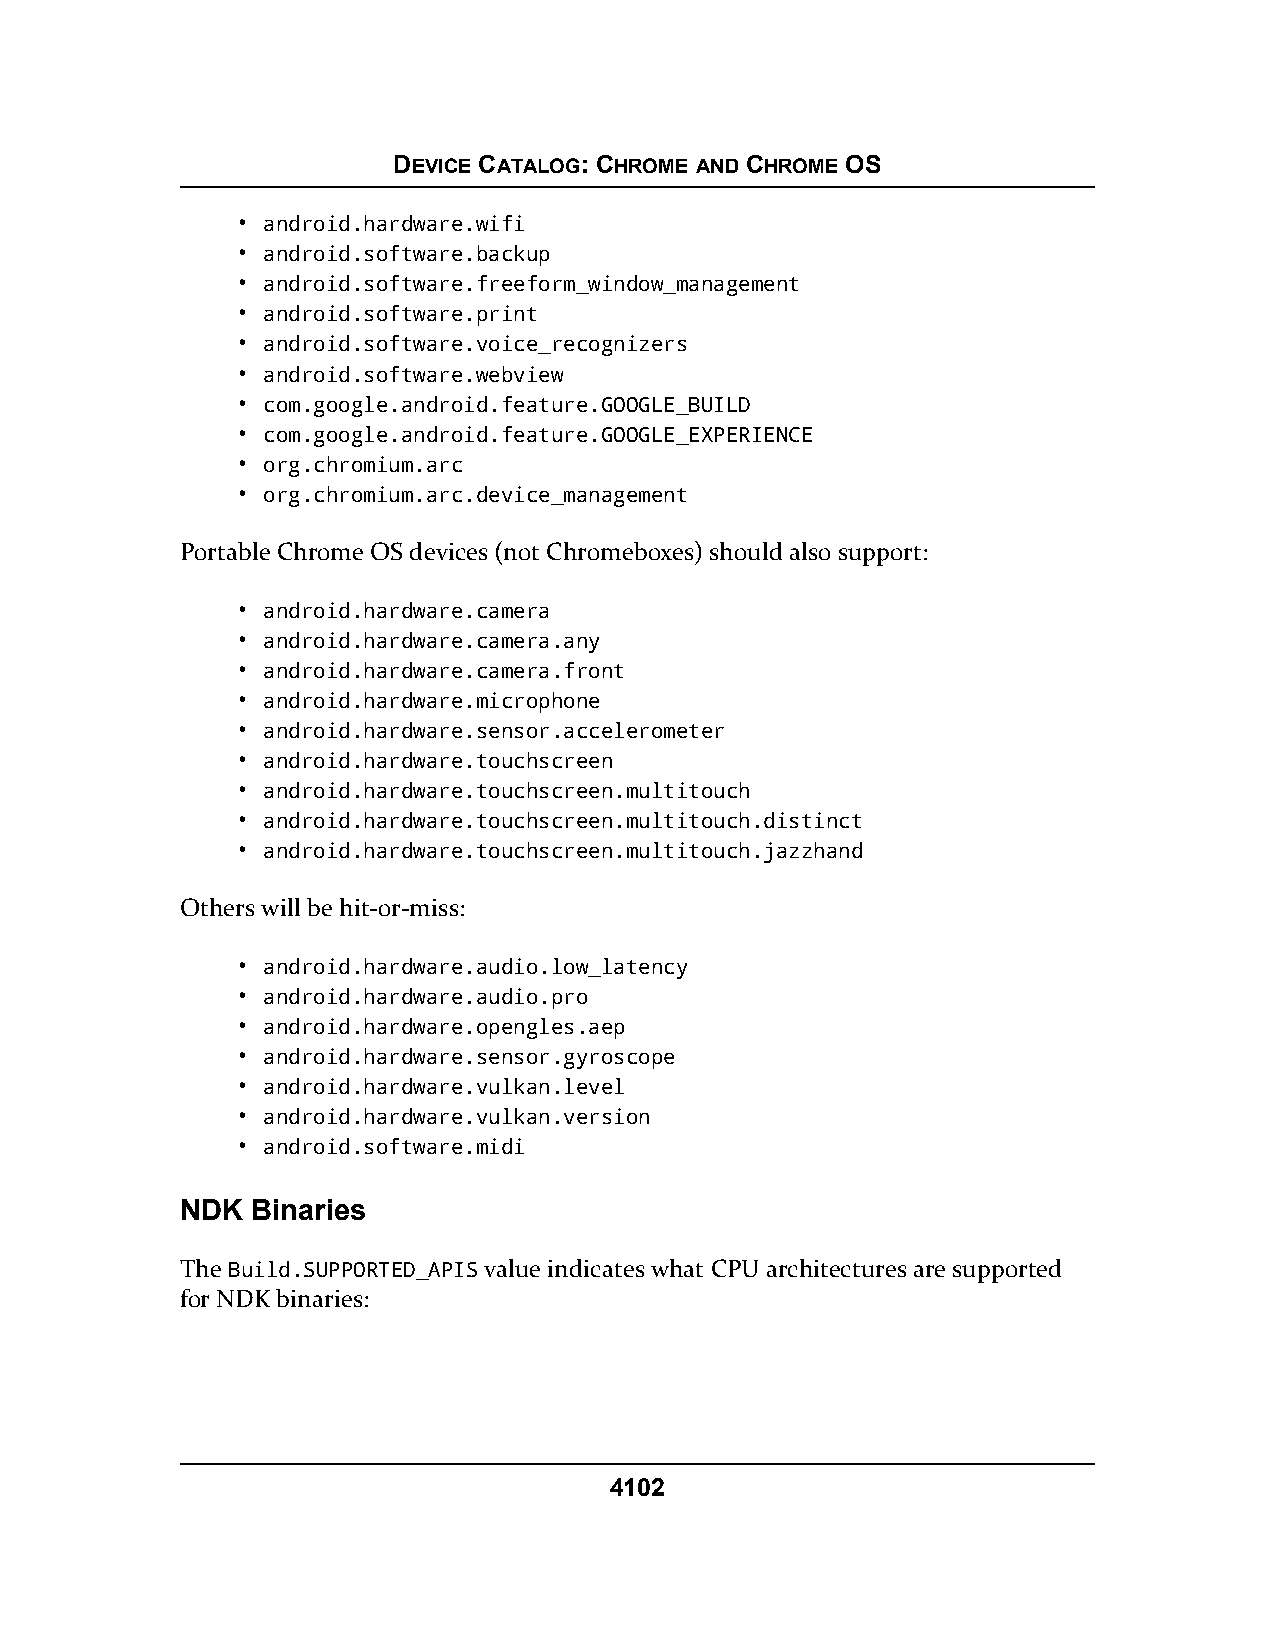
DEVICE CATALOG: CHROME AND CHROME OS
 • android.hardware.wifi
 • android.software.backup
 • android.software.freeform_window_management
 • android.software.print
 • android.software.voice_recognizers
 • android.software.webview
 • com.google.android.feature.GOOGLE_BUILD
 • com.google.android.feature.GOOGLE_EXPERIENCE
 • org.chromium.arc
 • org.chromium.arc.device_management
 Portable Chrome OS devices (not Chromeboxes) should also support:
 • android.hardware.camera
 • android.hardware.camera.any
 • android.hardware.camera.front
 • android.hardware.microphone
 • android.hardware.sensor.accelerometer
 • android.hardware.touchscreen
 • android.hardware.touchscreen.multitouch
 • android.hardware.touchscreen.multitouch.distinct
 • android.hardware.touchscreen.multitouch.jazzhand
 Others will be hit-or-miss:
 • android.hardware.audio.low_latency
 • android.hardware.audio.pro
 • android.hardware.opengles.aep
 • android.hardware.sensor.gyroscope
 • android.hardware.vulkan.level
 • android.hardware.vulkan.version
 • android.software.midi
 NDK  Binaries
 The Build.SUPPORTED_APIS value indicates what CPU architectures are supported
 for NDK binaries:
 4102